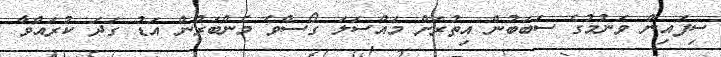
ސިފައިން ވަނުމުގެ ސަބަބުން އިތުރަށް މައްސަލަ ގޯސްވެ މެންބަރުން އަޑު ގަދަ ކުރައްވާ